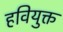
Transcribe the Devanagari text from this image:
हवियुक्त